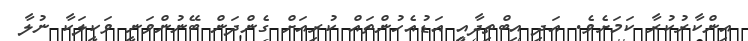
އިންކާރުކުރާ ކަމަށެވެ. އަދި އިބްތިދާއީ އަޑުއެހުންތައް ކުރިއަށް ގެންދަން ބޭނުންވަނީ ވަކީލަކާ ނުލާ